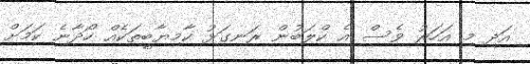
އަދި މި އަހަރު ވެސް އެ ކްލަބުން ރަނގަޅު ކާމިޔާބީތަކެއް ހޯދާނެ ކަމަށް